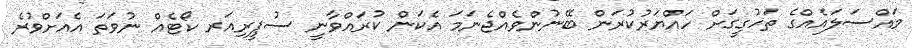
މައްސަލައެއްގެ ތަހުގީގަށް ހައްޔަރުކުރަން ބޭނުންވެއްޖެނަމަ އެކަން ކުރައްވާނީ ސުޕީރިއަރ ކޯޓެއް ނުވަތަ އެއަށްވުރެ